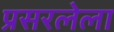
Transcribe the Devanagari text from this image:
प्रसरलेला